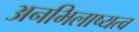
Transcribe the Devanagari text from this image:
अनभिलाष्यत्व